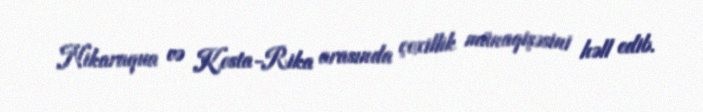
Nikaraqua və Kosta-Rika arasında çoxillik münaqişəsini həll edib.